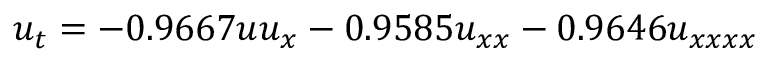
u _ { t } = - 0 . 9 6 6 7 u u _ { x } - 0 . 9 5 8 5 u _ { x x } - 0 . 9 6 4 6 u _ { x x x x }